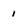
Character: 1